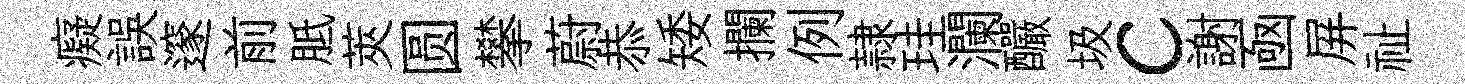
癡誤邃前胝莢圆攀蔚恭矮攔例隷珪瀾釅圾c謝凾屏祉